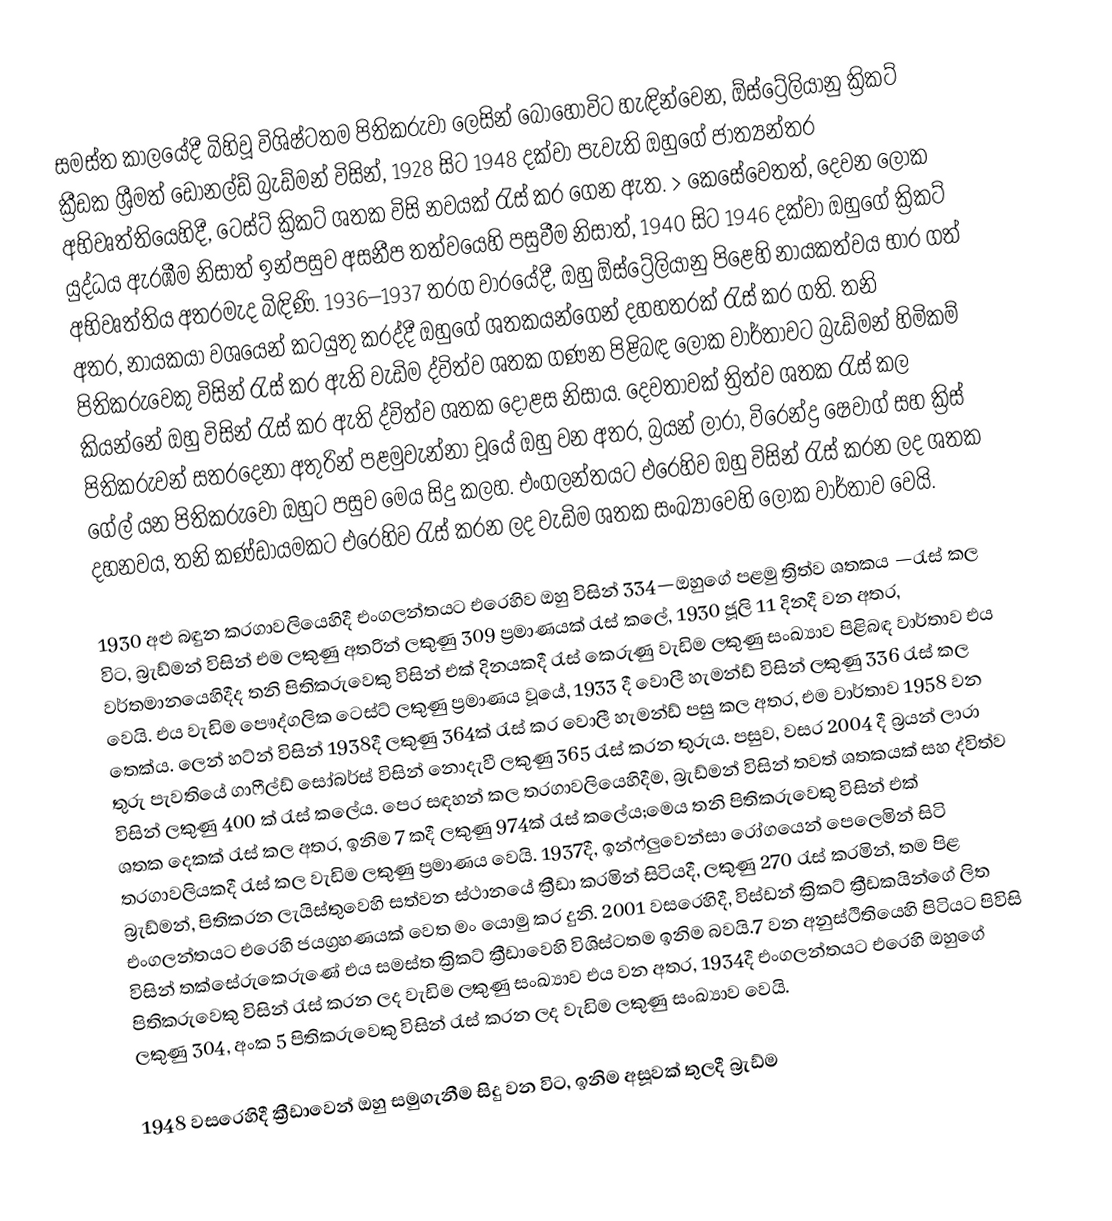
සමස්ත කාලයේදී බිහිවූ විශිෂ්ටතම පිතිකරුවා ලෙසින් බොහෝවිට හැඳින්වෙන, ඕස්ට්‍රේලියානු ක්‍රිකට් ක්‍රීඩක ශ්‍රීමත් ඩොනල්ඩ් බ්‍රැඩ්මන් විසින්,  1928 සිට 1948 දක්වා පැවැති ඔහුගේ ජාත්‍යන්තර අභිවෘත්තියෙහිදී,  ටෙස්ට් ක්‍රිකට් ශතක විසි නවයක් රැස් කර ගෙන ඇත.  > කෙසේවෙතත්, දෙවන ලෝක යුද්ධය ඇරඹීම නිසාත් ඉන්පසුව අසනීප තත්වයෙහි පසුවීම නිසාත්, 1940 සිට 1946 දක්වා ඔහුගේ ක්‍රිකට් අභිවෘත්තිය අතරමැද බිඳිණි.  1936–1937 තරග වාරයේදී, ඔහු ඕස්ට්‍රේලියානු පිළෙහි නායකත්වය භාර ගත් අතර,   නායකයා වශයෙන් කටයුතු කරද්දී ඔහුගේ ශතකයන්ගෙන් දහහතරක් රැස් කර ගති. තනි පිතිකරුවෙකු විසින් රැස් කර ඇති වැඩිම ද්විත්ව ශතක ගණන පිළිබඳ ලෝක වාර්තාවට බ්‍රැඩ්මන් හිමිකම් කියන්නේ ඔහු විසින් රැස් කර ඇති ද්විත්ව ශතක දොළස නිසාය. දෙවතාවක් ත්‍රිත්ව ශතක රැස් කල පිතිකරුවන් සතරදෙනා අතුරින් පළමුවැන්නා වූයේ ඔහු වන අතර, බ්‍රයන් ලාරා, විරෙන්ද්‍ර ෂෙවාග් සහ ක්‍රිස් ගේල් යන පිතිකරුවෝ  ඔහුට පසුව මෙය සිදු කලහ.  එංගලන්තයට එරෙහිව ඔහු විසින් රැස් කරන ලද ශතක දහනවය, තනි කණ්ඩායමකට එරෙහිව රැස් කරන ලද වැඩිම ශතක සංඛ්‍යාවෙහි ලෝක වාර්තාව වෙයි.

1930 අළු බඳුන කරගාවලියෙහිදී එංගලන්තයට එරෙහිව ඔහු විසින් 334—ඔහුගේ පළමු ත්‍රිත්ව ශතකය —රැස් කල විට, බ්‍රැඩ්මන් විසින් එම ලකුණු අතරින් ලකුණු 309 ප්‍රමාණයක් රැස් කලේ, 1930 ජූලි 11 දිනදී වන අතර, වර්තමානයෙහිදීද තනි පිතිකරුවෙකු විසින් එක් දිනයකදී රැස් කෙරුණු වැඩිම ලකුණු සංඛ්‍යාව පිළිබඳ වාර්තාව එය වෙයි.  එය වැඩිම පෞද්ගලික ටෙස්ට් ලකුණු ප්‍රමාණය වූයේ, 1933 දී  වොලී හැමන්ඩ් විසින් ලකුණු 336 රැස් කල තෙක්ය.  ලෙන් හට්න් විසින් 1938දී ලකුණු 364ක් රැස් කර වොලී හැමන්ඩ් පසු කල අතර, එම වාර්තාව 1958 වන තුරු පැවතියේ  ගාෆීල්ඩ් සෝබර්ස් විසින් නොදැවී ලකුණු 365 රැස් කරන තුරුය. පසුව, වසර 2004 දී බ්‍රයන් ලාරා විසින් ලකුණු 400 ක් රැස් කලේය. පෙර සඳහන් කල  තරගාවලියෙහිදීම, බ්‍රැඩ්මන් විසින් තවත් ශතකයක් සහ ද්විත්ව ශතක දෙකක් රැස් කල අතර, ඉනිම 7 කදී ලකුණු 974ක් රැස් කලේය;මෙය තනි පිතිකරුවෙකු විසින් එක් තරගාවලියකදී රැස් කල වැඩිම ලකුණු ප්‍රමාණය වෙයි. 1937දී, ඉන්ෆ්ලුවෙන්සා රෝගයෙන් පෙලෙමින් සිටි බ්‍රැඩ්මන්, පිතිකරන ලැයිස්තුවෙහි සත්වන ස්ථානයේ ක්‍රීඩා කරමින් සිටියදී, ලකුණු 270 රැස් කරමින්,  තම පිළ එංගලන්තයට එරෙහි ජයග්‍රහණයක් වෙත මං යොමු කර දුනි.  2001 වසරෙහිදී, විස්ඩන් ක්‍රිකට් ක්‍රීඩකයින්ගේ ලිත විසින් තක්සේරුකෙරුණේ එය සමස්ත ක්‍රිකට් ක්‍රීඩාවෙහි විශිස්ටතම ඉනිම බවයි.7 වන අනුස්ථිතියෙහි පිටියට පිවිසි පිතිකරුවෙකු විසින් රැස් කරන ලද වැඩිම ලකුණු සංඛ්‍යාව එය වන අතර, 1934දී එංගලන්තයට එරෙහි ඔහුගේ ලකුණු 304, අංක 5 පිතිකරුවෙකු විසින් රැස් කරන ලද වැඩිම ලකුණු සංඛ්‍යාව වෙයි.

1948 වසරෙහිදී ක්‍රීඩාවෙන් ඔහු සමුගැනීම සිදු වන විට, ඉනිම අසූවක් තුලදී බ්‍රැඩ්ම